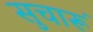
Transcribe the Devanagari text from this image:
सुचारूं